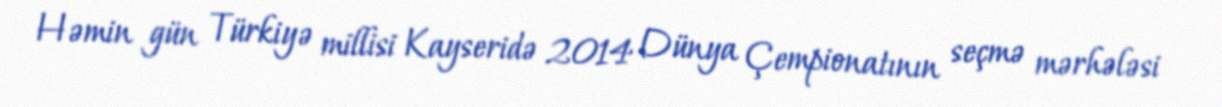
Həmin gün Türkiyə millisi Kayseridə 2014 Dünya Çempionatının seçmə mərhələsi